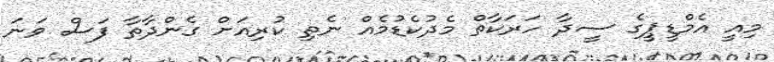
މިއީ އެމްޑީޕީގެ ސީދާ ހަރަކާތް މެދުކެޑުމެއް ނެތި ކުރިއަށް ގެންދާތާ ފަސް ވަނަ